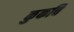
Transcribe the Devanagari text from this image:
कुकवि